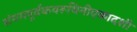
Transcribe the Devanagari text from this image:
संयमपूर्वकवरूथिनीएकादशी